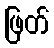
ဖြတ်